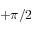
+ \pi / 2